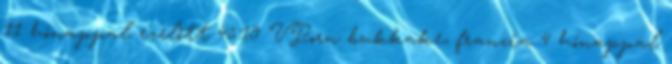
11 hónappal ezelőtt 45:19 VPorn bukkake, francia 4 hónappal